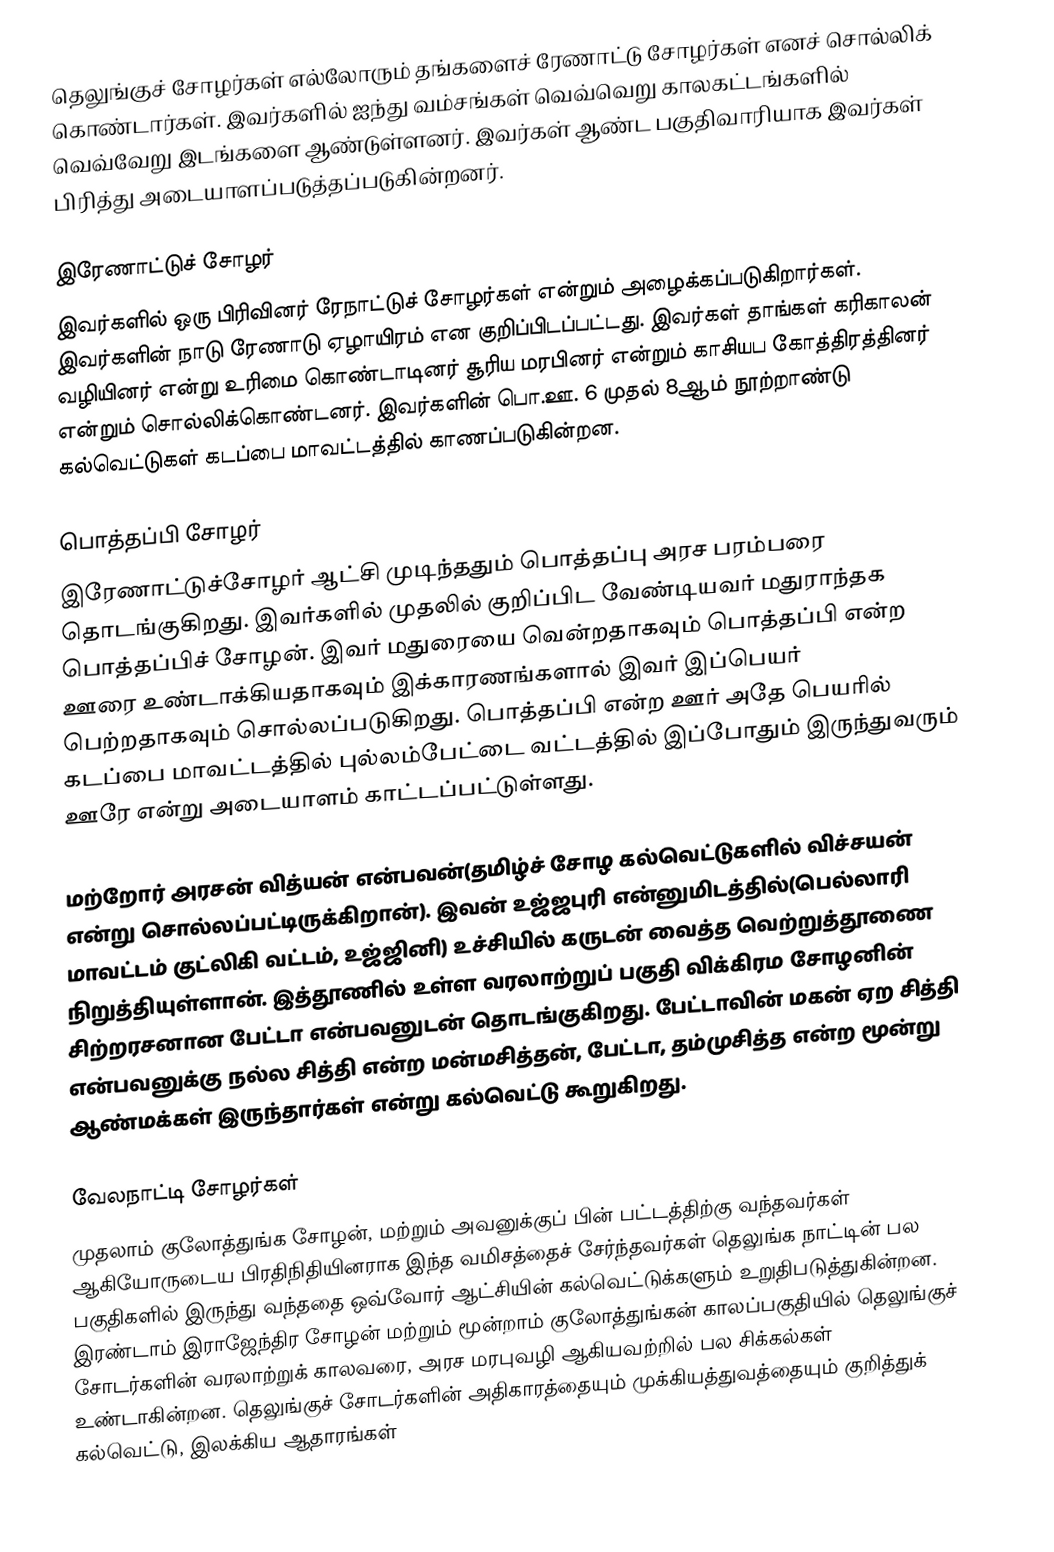
தெலுங்குச் சோழர்கள் எல்லோரும் தங்களைச் ரேணாட்டு சோழர்கள் எனச் சொல்லிக் கொண்டார்கள். இவர்களில் ஐந்து வம்சங்கள் வெவ்வெறு காலகட்டங்களில் வெவ்வேறு இடங்களை ஆண்டுள்ளனர். இவர்கள் ஆண்ட பகுதிவாரியாக இவர்கள் பிரித்து அடையாளப்படுத்தப்படுகின்றனர்.

இரேணாட்டுச் சோழர்
இவர்களில் ஒரு பிரிவினர் ரேநாட்டுச் சோழர்கள் என்றும் அழைக்கப்படுகிறார்கள். இவர்களின் நாடு ரேணாடு ஏழாயிரம் என குறிப்பிடப்பட்டது. இவர்கள் தாங்கள் கரிகாலன் வழியினர் என்று உரிமை கொண்டாடினர் சூரிய மரபினர் என்றும் காசியப கோத்திரத்தினர் என்றும் சொல்லிக்கொண்டனர். இவர்களின் பொ.ஊ. 6 முதல் 8ஆம் நூற்றாண்டு கல்வெட்டுகள் கடப்பை மாவட்டத்தில் காணப்படுகின்றன.

பொத்தப்பி சோழர்
இரேணாட்டுச்சோழர் ஆட்சி முடிந்ததும் பொத்தப்பு  அரச பரம்பரை தொடங்குகிறது. இவர்களில் முதலில் குறிப்பிட வேண்டியவர் மதுராந்தக பொத்தப்பிச் சோழன். இவர் மதுரையை வென்றதாகவும் பொத்தப்பி என்ற ஊரை உண்டாக்கியதாகவும் இக்காரணங்களால் இவர் இப்பெயர் பெற்றதாகவும் சொல்லப்படுகிறது. பொத்தப்பி என்ற ஊர் அதே பெயரில் கடப்பை மாவட்டத்தில் புல்லம்பேட்டை வட்டத்தில் இப்போதும் இருந்துவரும் ஊரே என்று அடையாளம் காட்டப்பட்டுள்ளது.

மற்றோர் அரசன்  வித்யன் என்பவன்(தமிழ்ச் சோழ கல்வெட்டுகளில் விச்சயன் என்று சொல்லப்பட்டிருக்கிறான்). இவன் உஜ்ஜபுரி என்னுமிடத்தில்(பெல்லாரி மாவட்டம் குட்லிகி வட்டம், உஜ்ஜினி) உச்சியில் கருடன் வைத்த வெற்றுத்தூணை நிறுத்தியுள்ளான். இத்தூணில் உள்ள வரலாற்றுப் பகுதி விக்கிரம சோழனின் சிற்றரசனான பேட்டா என்பவனுடன் தொடங்குகிறது. பேட்டாவின் மகன் ஏற சித்தி என்பவனுக்கு நல்ல சித்தி என்ற மன்மசித்தன், பேட்டா, தம்முசித்த என்ற மூன்று ஆண்மக்கள் இருந்தார்கள் என்று கல்வெட்டு கூறுகிறது.

வேலநாட்டி சோழர்கள்
முதலாம் குலோத்துங்க சோழன், மற்றும் அவனுக்குப் பின் பட்டத்திற்கு வந்தவர்கள் ஆகியோருடைய பிரதிநிதியினராக இந்த வமிசத்தைச் சேர்ந்தவர்கள் தெலுங்க நாட்டின் பல பகுதிகளில் இருந்து வந்ததை ஒவ்வோர் ஆட்சியின் கல்வெட்டுக்களும் உறுதிபடுத்துகின்றன. இரண்டாம் இராஜேந்திர சோழன் மற்றும் மூன்றாம் குலோத்துங்கன் காலப்பகுதியில் தெலுங்குச் சோடர்களின் வரலாற்றுக் காலவரை, அரச மரபுவழி ஆகியவற்றில் பல சிக்கல்கள் உண்டாகின்றன. தெலுங்குச் சோடர்களின் அதிகாரத்தையும் முக்கியத்துவத்தையும் குறித்துக் கல்வெட்டு, இலக்கிய ஆதாரங்கள்